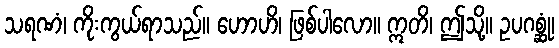
သရဏံ၊ ကိုးကွယ်ရာသည်။ ဟောဟိ၊ ဖြစ်ပါလော။ ဣတိ၊ ဤသို့။ ဥပဂစ္ဆုံ၊